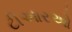
ટીઆરઓ